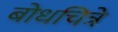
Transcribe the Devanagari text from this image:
बोधचित्रे